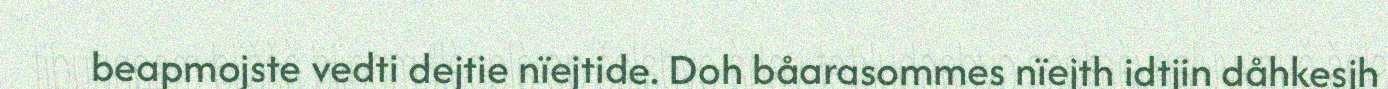
beapmojste vedti dejtie nïejtide. Doh båarasommes nïejth idtjin dåhkesjh